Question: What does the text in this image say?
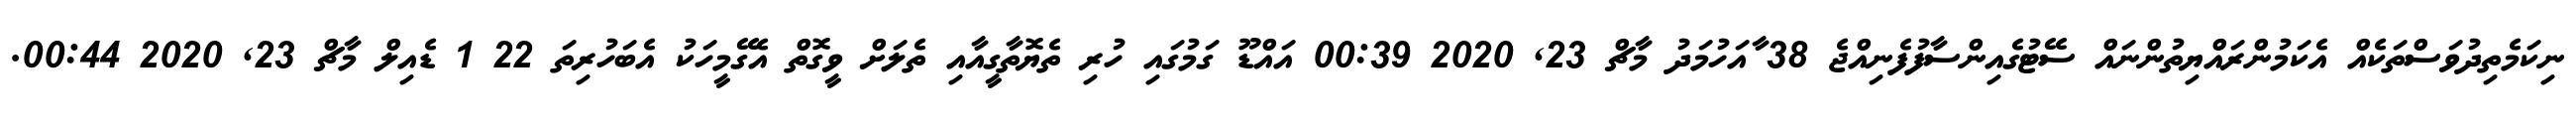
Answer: ނިކަމެތިދުވަސްތަކެއް އެކަމުންރައްޔިތުންނައް ސޭޓުގެއިންސާފުފެނިއްޖެ 38 ާއަހުމަދު މާޗް 23, 2020 00:39 އައްޑޫ ގަމުގައި ހުރި ތެޔޮތާގީއާއި ތެލަށް ވީގޮތް އެގޭމީހަކު އެބަހުރިތަ 22 1 ޑެއިލް މާޗް 23, 2020 00:44.